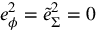
e _ { \phi } ^ { 2 } = \tilde { e } _ { \Sigma } ^ { 2 } = 0